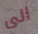
الى